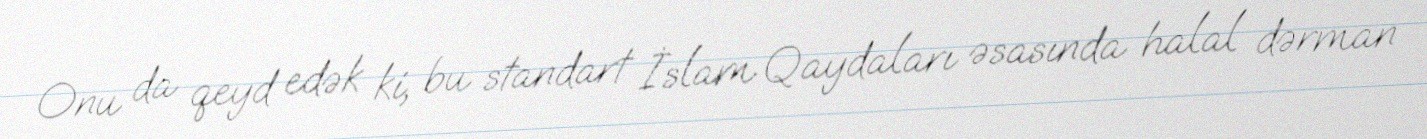
Onu da qeyd edək ki, bu standart İslam Qaydaları əsasında halal dərman